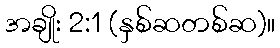
အချိုး 2:1 (နှစ်ဆတစ်ဆ)။